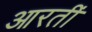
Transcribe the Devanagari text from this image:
आरतीं